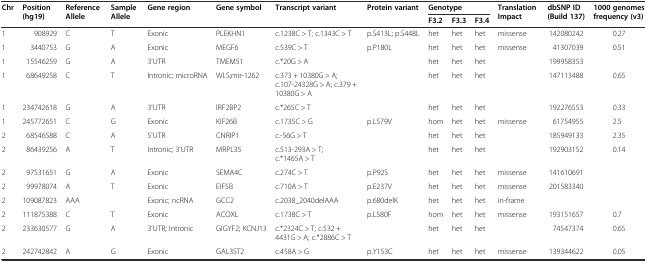
<table><thead><tr><td rowspan="2"><b>Chr</b></td><td rowspan="2"><b>Position (hg19)</b></td><td rowspan="2"><b>Reference Allele</b></td><td rowspan="2"><b>Sample Allele</b></td><td rowspan="2"><b>Gene region</b></td><td rowspan="2"><b>Gene symbol</b></td><td rowspan="2"><b>Transcript variant</b></td><td rowspan="2"><b>Protein variant</b></td><td colspan="3"><b>Genotype</b></td><td rowspan="2"><b>Translation Impact</b></td><td rowspan="2"><b>dbSNP ID (Build 137)</b></td><td rowspan="2"><b>1000 genomes frequency (v3)</b></td></tr><tr><td><b>F3.2</b></td><td><b>F3.3</b></td><td><b>F3.4</b></td></tr></thead><tbody><tr><td>1</td><td>908929</td><td>C</td><td>T</td><td>Exonic</td><td>PLEKHN1</td><td>c.1238C &gt; T; c.1343C &gt; T</td><td>p.S413L; p.S448L</td><td>het</td><td>het</td><td>het</td><td>missense</td><td>142080242</td><td>0.27</td></tr><tr><td>1</td><td>3440753</td><td>G</td><td>A</td><td>Exonic</td><td>MEGF6</td><td>c.539C &gt; T</td><td>p.P180L</td><td>het</td><td>het</td><td>het</td><td>missense</td><td>41307039</td><td>0.51</td></tr><tr><td>1</td><td>15546259</td><td>G</td><td>A</td><td>3&#x27;UTR</td><td>TMEM51</td><td>c.*20G &gt; A</td><td></td><td>het</td><td>het</td><td>het</td><td></td><td>199958353</td><td></td></tr><tr><td>1</td><td>68649258</td><td>C</td><td>T</td><td>Intronic; microRNA</td><td>WLS;mir-1262</td><td>c.373 + 10380G &gt; A; c.107-24328G &gt; A; c.379 + 10380G &gt; A</td><td></td><td>het</td><td>het</td><td>het</td><td></td><td>147113488</td><td>0.65</td></tr><tr><td>1</td><td>234742618</td><td>G</td><td>A</td><td>3&#x27;UTR</td><td>IRF2BP2</td><td>c.*265C &gt; T</td><td></td><td>het</td><td>het</td><td>het</td><td></td><td>192276553</td><td>0.33</td></tr><tr><td>1</td><td>245772651</td><td>C</td><td>G</td><td>Exonic</td><td>KIF26B</td><td>c.1735C &gt; G</td><td>p.L579V</td><td>hom</td><td>het</td><td>het</td><td>missense</td><td>61754955</td><td>2.5</td></tr><tr><td>2</td><td>68546588</td><td>C</td><td>A</td><td>5&#x27;UTR</td><td>CNRIP1</td><td>c.-56G &gt; T</td><td></td><td>het</td><td>het</td><td>het</td><td></td><td>185949133</td><td>2.35</td></tr><tr><td>2</td><td>86439256</td><td>A</td><td>T</td><td>Intronic; 3&#x27;UTR</td><td>MRPL35</td><td>c.513-293A &gt; T; c.*1465A &gt; T</td><td></td><td>het</td><td>het</td><td>het</td><td></td><td>192903152</td><td>0.14</td></tr><tr><td>2</td><td>97531651</td><td>G</td><td>A</td><td>Exonic</td><td>SEMA4C</td><td>c.274C &gt; T</td><td>p.P92S</td><td>het</td><td>het</td><td>het</td><td>missense</td><td>141610691</td><td></td></tr><tr><td>2</td><td>99978074</td><td>A</td><td>T</td><td>Exonic</td><td>EIF5B</td><td>c.710A &gt; T</td><td>p.E237V</td><td>het</td><td>het</td><td>het</td><td>missense</td><td>201583340</td><td></td></tr><tr><td>2</td><td>109087823</td><td>AAA</td><td></td><td>Exonic; ncRNA</td><td>GCC2</td><td>c.2038_2040delAAA</td><td>p.680delK</td><td>het</td><td>het</td><td>het</td><td>in-frame</td><td></td><td></td></tr><tr><td>2</td><td>111875388</td><td>C</td><td>T</td><td>Exonic</td><td>ACOXL</td><td>c.1738C &gt; T</td><td>p.L580F</td><td>hom</td><td>het</td><td>het</td><td>missense</td><td>193151657</td><td>0.7</td></tr><tr><td>2</td><td>233630577</td><td>G</td><td>A</td><td>3&#x27;UTR; Intronic</td><td>GIGYF2; KCNJ13</td><td>c.*2324C &gt; T; c.532 + 4431G &gt; A; c.*2886C &gt; T</td><td></td><td>het</td><td>het</td><td>het</td><td></td><td>74547374</td><td>0.65</td></tr><tr><td>2</td><td>242742842</td><td>A</td><td>G</td><td>Exonic</td><td>GAL3ST2</td><td>c.458A &gt; G</td><td>p.Y153C</td><td>het</td><td>het</td><td>het</td><td>missense</td><td>139344622</td><td>0.05</td></tr></tbody></table>